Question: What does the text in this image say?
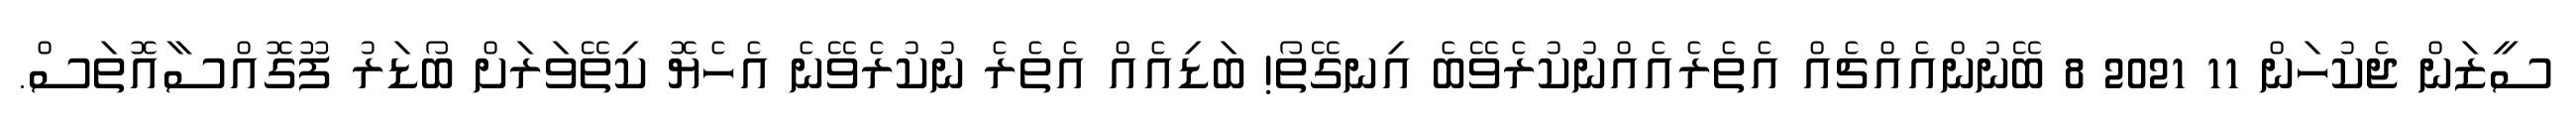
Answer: ސީޒަން ޖެކުހަން 11 2021 8 ބޭނުންއެއްޗެއް އެތެރެއެއްނުކުރެވޭބެ އިނގޭތޯ! ބަޑިއެއް އެތެރެ ނުކުރެވޭނެ އެހެޔޮ ކިތޭވަރަށް ބޯޑަރު ފޫގޮއްސާއޮތަސް.